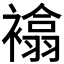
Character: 𧝅